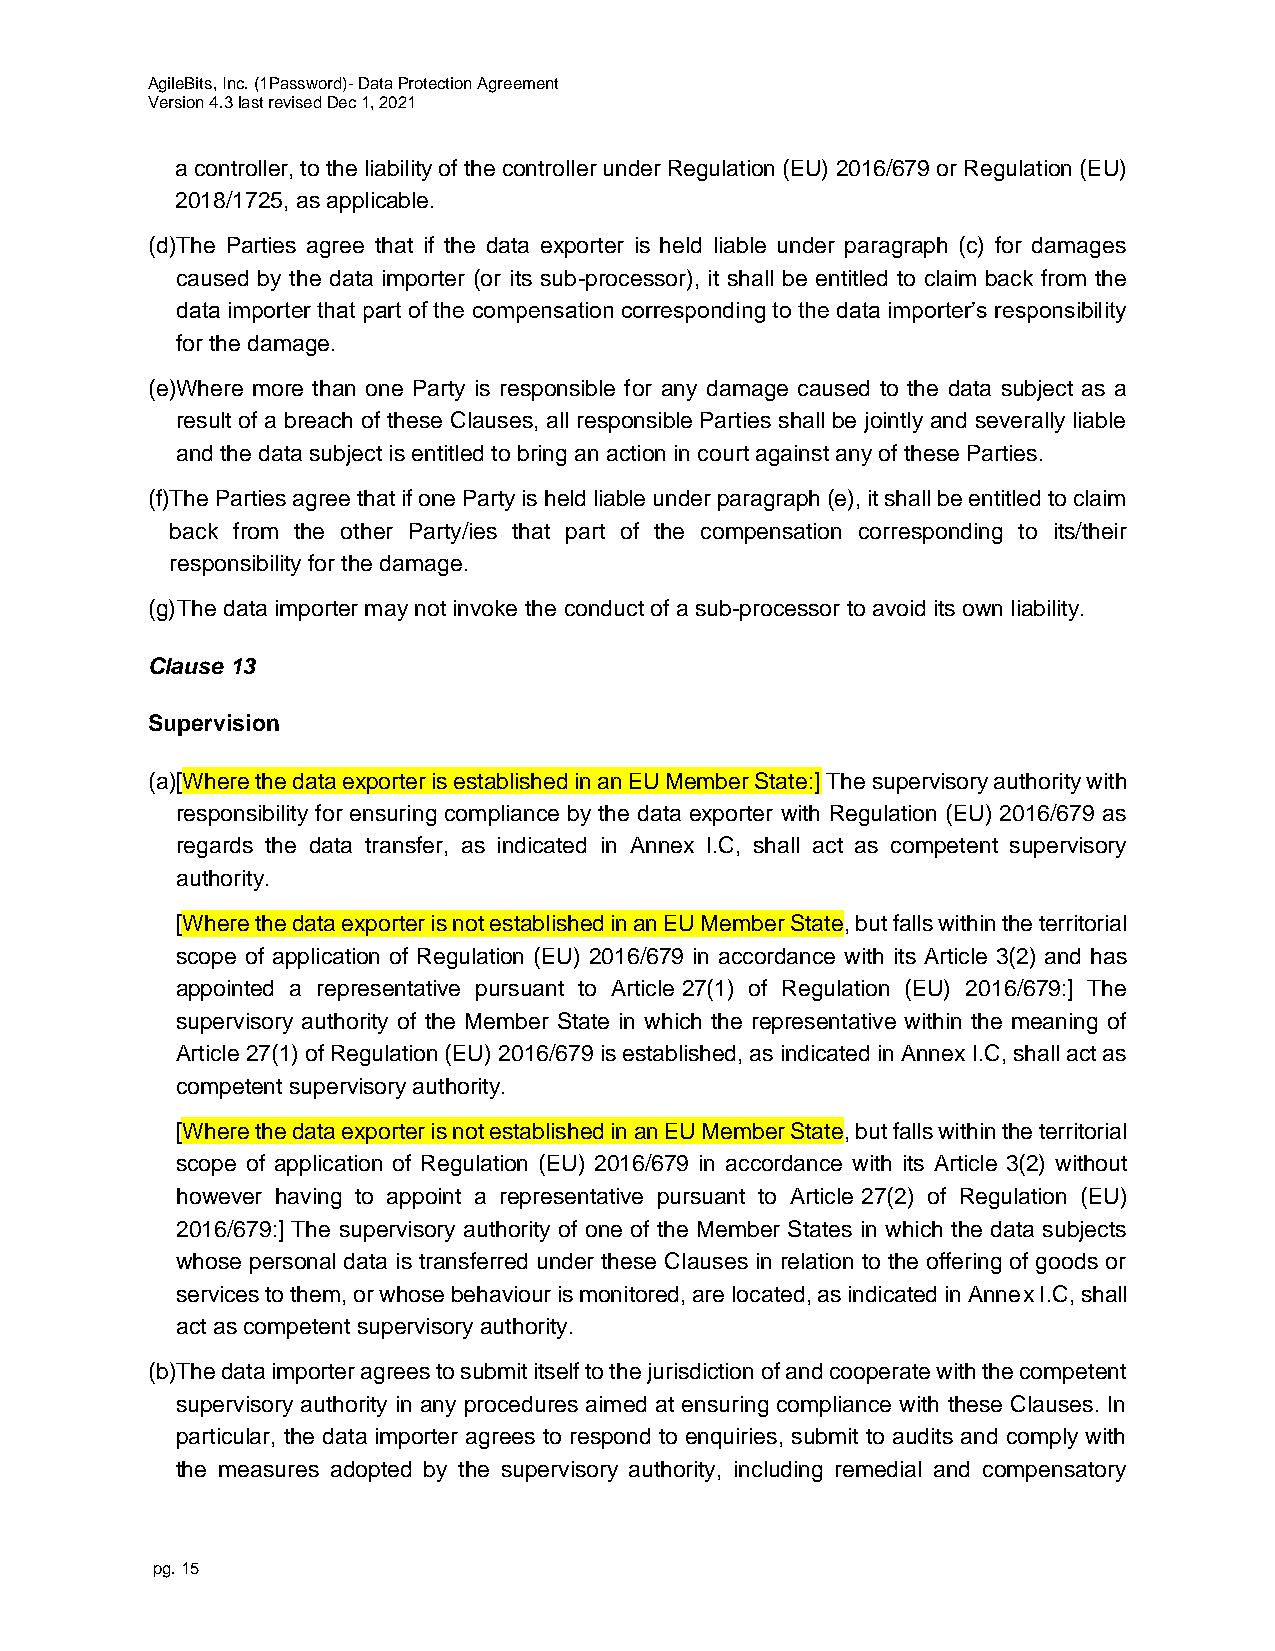
AgileBits, Inc. (1Password)- Data Protection Agreement
 Version 4.3 last revised Dec 1, 2021
 a controller, to the liability of the controller under Regulation (EU) 2016/679 or Regulation (EU)
 2018/1725, as applicable.
 (d)T he Parties agree that if the data exporter is held liable under paragraph (c) for damages
 caused by the data importer (or its sub-processor), it shall be entitled to claim back from the
 data importer that part of the compensation corresponding to the data importer’s responsibility
 for the damage.
 (e)W here more than one Party is responsible for any damage caused to the data subject as a
 result of a breach of these Clauses, all responsible Parties shall be jointly and severally liable
 and the data subject is entitled to bring an action in court against any of these Parties.
 (f)T he Parties agree that if one Party is held liable under paragraph (e), it shall be entitled to claim
 back from the other Party/ies that part of the compensation corresponding to its/their
 responsibility for the damage.
 (g) The data importer may not invoke the conduct of a sub-processor to avoid its own liability.
 Clause 13
 Supervision
 (a)[ Where the data exporter is established in an EU Member State:] The supervisory authority with
 responsibility for ensuring compliance by the data exporter with Regulation (EU) 2016/679 as
 regards the data transfer, as indicated in Annex I.C, shall act as competent supervisory
 authority.
 [Where the data exporter is not established in an EU Member State, but falls within the territorial
 scope of application of Regulation (EU) 2016/679 in accordance with its Article 3(2) and has
 appointed a representative pursuant to Article 27(1) of Regulation (EU) 2016/679:] The
 supervisory authority of the Member State in which the representative within the meaning of
 Article 27(1) of Regulation (EU) 2016/679 is established, as indicated in Annex I.C, shall act as
 competent supervisory authority.
 [Where the data exporter is not established in an EU Member State, but falls within the territorial
 scope of application of Regulation (EU) 2016/679 in accordance with its Article 3(2) without
 however having to appoint a representative pursuant to Article 27(2) of Regulation (EU)
 2016/679:] The supervisory authority of one of the Member States in which the data subjects
 whose personal data is transferred under these Clauses in relation to the offering of goods or
 services to them, or whose behaviour is monitored, are located, as indicated in Annex I.C, shall
 act as competent supervisory authority.
 (b)T he data importer agrees to submit itself to the jurisdiction of and cooperate with the competent
 supervisory authority in any procedures aimed at ensuring compliance with these Clauses. In
 particular, the data importer agrees to respond to enquiries, submit to audits and comply with
 the measures adopted by the supervisory authority, including remedial and compensatory
 pg. 15